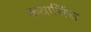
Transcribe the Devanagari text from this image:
कथार्सिस